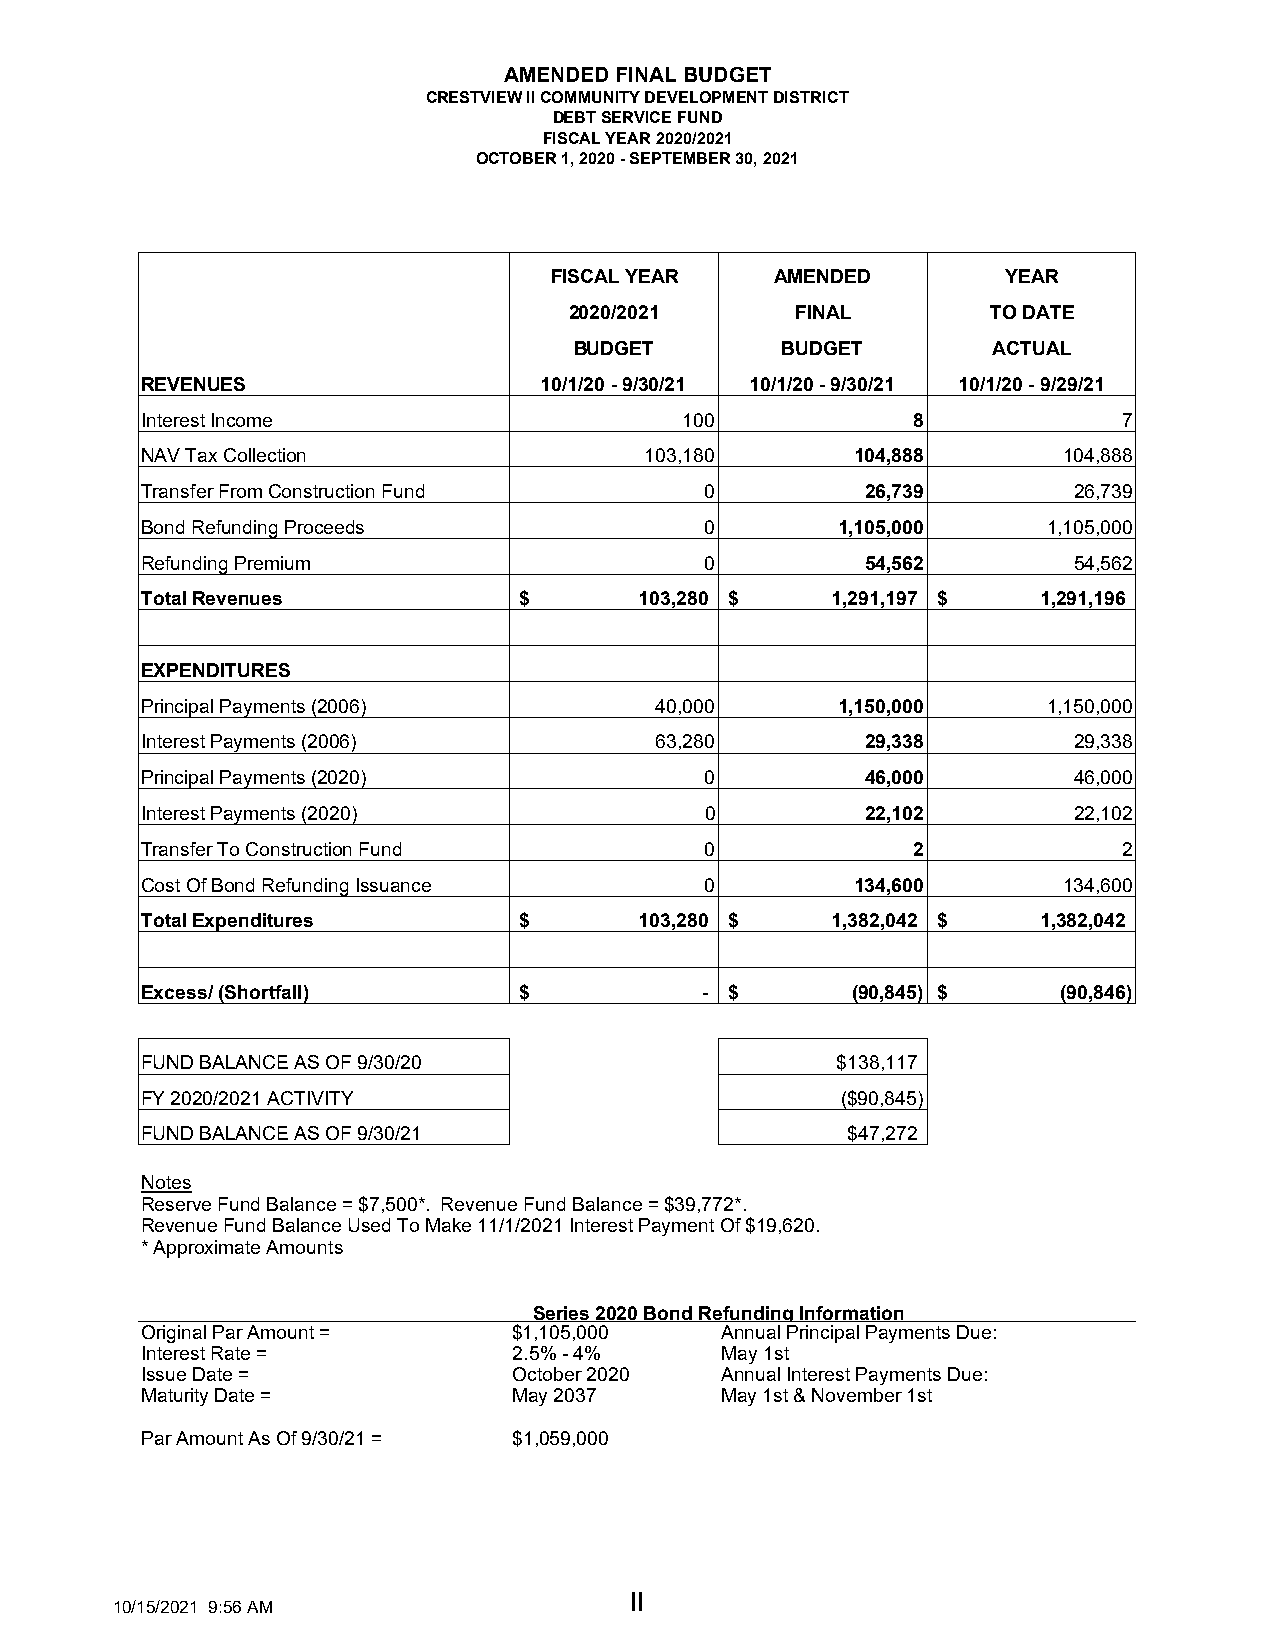
AMENDED FINAL BUDGET
 CRESTVIEW II COMMUNITY DEVELOPMENT DISTRICT
 DEBT SERVICE FUND
 FISCAL YEAR 2020/2021
 OCTOBER 1, 2020 - SEPTEMBER 30, 2021
 FISCAL YEAR    AMENDED         YEAR
 2020/2021      FINAL        TO DATE
 BUDGET        BUDGET        ACTUAL
 REVENUES                   10/1/20 - 9/30/21 10/1/20 - 9/30/21 10/1/20 - 9/29/21
 Interest Income                     100            8             7
 NAV Tax Collection                103,180       104,888      104,888
 Transfer From Construction Fund       0         26,739        26,739
 Bond Refunding Proceeds               0       1,105,000     1,105,000
 Refunding Premium                     0         54,562        54,562
 Total Revenues           $       103,280 $    1,291,197 $   1,291,196
 EXPENDITURES
 Principal Payments (2006)         40,000      1,150,000     1,150,000
 Interest Payments (2006)          63,280        29,338        29,338
 Principal Payments (2020)             0         46,000        46,000
 Interest Payments (2020)              0         22,102        22,102
 Transfer To Construction Fund         0            2             2
 Cost Of Bond Refunding Issuance       0         134,600      134,600
 Total Expenditures       $       103,280 $    1,382,042 $   1,382,042
 Excess/ (Shortfall)      $           - $       (90,845) $    (90,846)
 FUND BALANCE AS OF 9/30/20                    $138,117
 FY 2020/2021 ACTIVITY                          ($90,845)
 FUND BALANCE AS OF 9/30/21                     $47,272
 Notes
 Reserve Fund Balance = $7,500*. Revenue Fund Balance = $39,772*.
 Revenue Fund Balance Used To Make 11/1/2021 Interest Payment Of $19,620.
 * Approximate Amounts
 Series 2020 Bond Refunding Information
 Original Par Amount =    $1,105,000    Annual Principal Payments Due:
 Interest Rate =          2.5% - 4%     May 1st
 Issue Date =             October 2020  Annual Interest Payments Due:
 Maturity Date =          May 2037      May 1st & November 1st
 Par Amount As Of 9/30/21 = $1,059,000
 II
 10/15/2021 9:56 AM